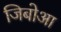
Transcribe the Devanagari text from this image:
जिबोआ